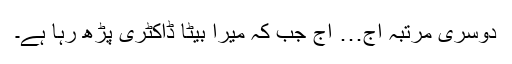
دوسری مرتبہ آج… آج جب کہ میرا بیٹا ڈاکٹری پڑھ رہا ہے۔